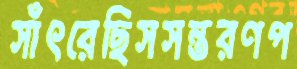
সাঁৎরেছিসসন্তরণপ